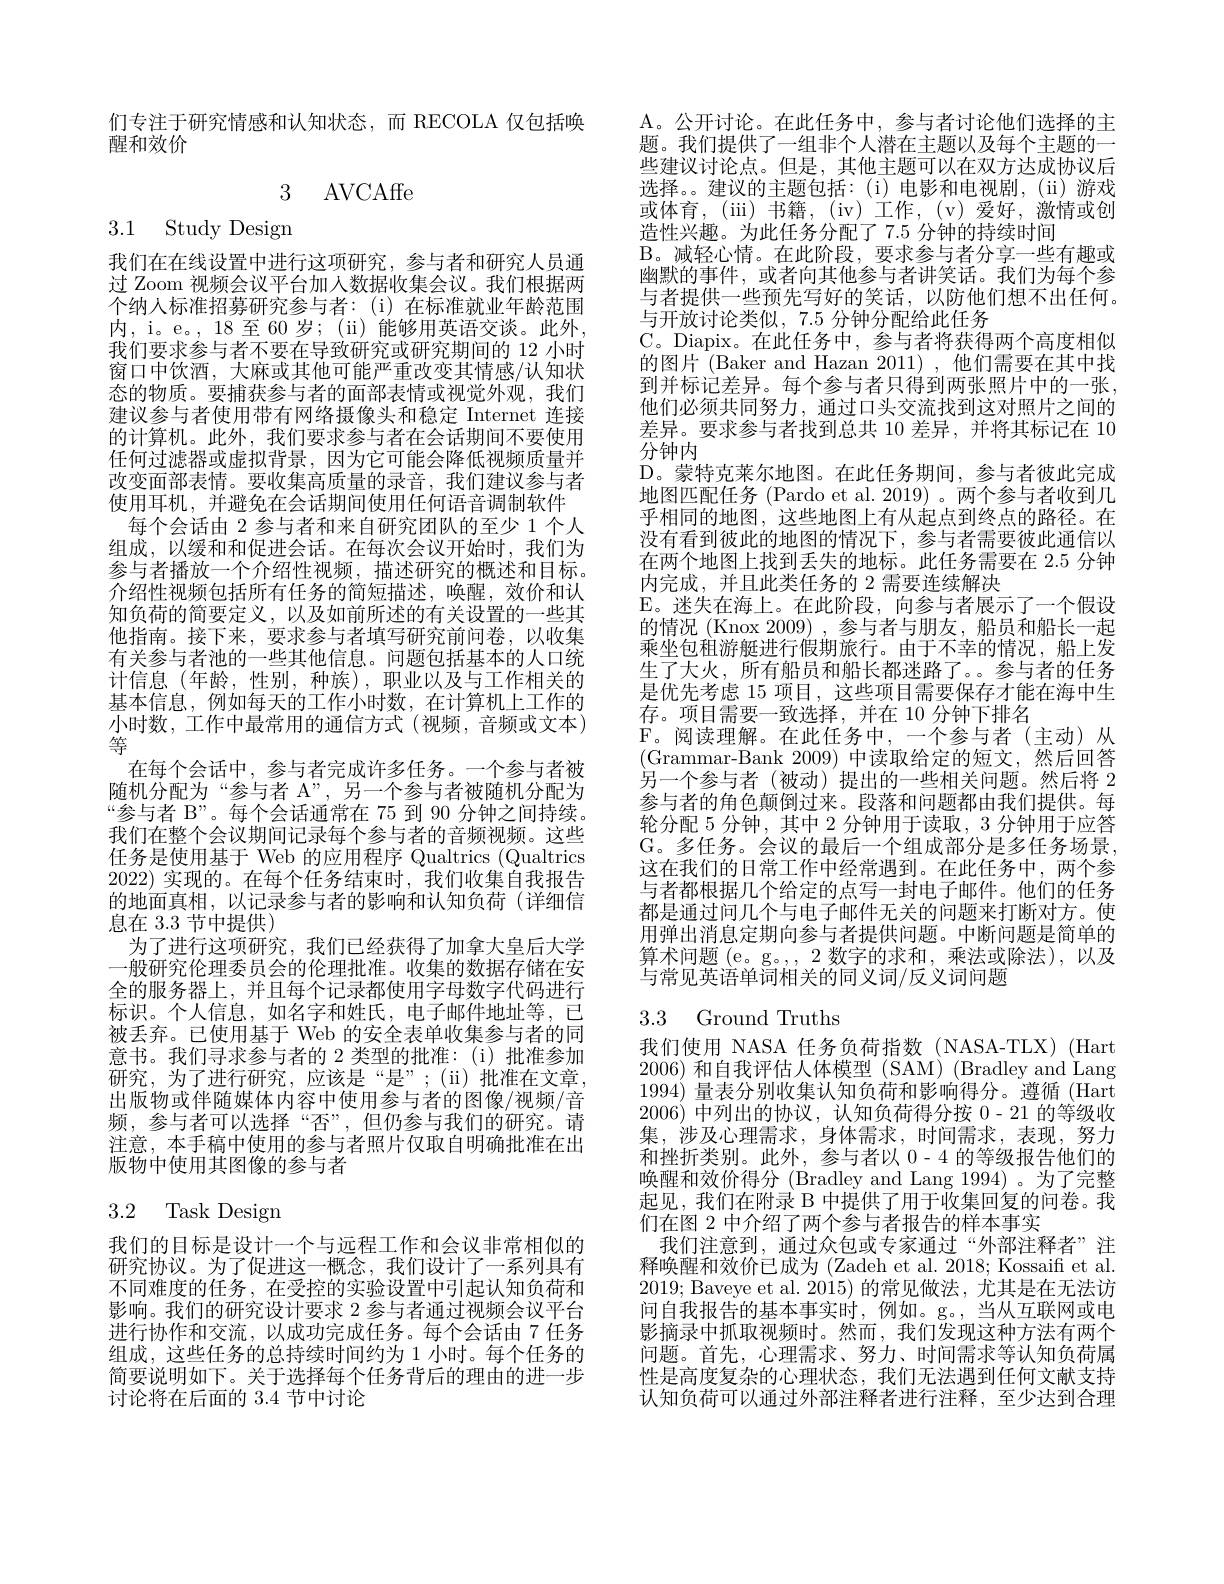
们专注于研究情感和认知状态，而 RECOLA 仅包括唤
醒和效价

3 AVCAffe

3.1 Study Design

我们在在线设置中进行这项研究，参与者和研究人员通过 Zoom 视频会议平台加入数据收集会议。我们根据两个纳人标准招募研究参与者：(i)在标准就业年龄范围内，i。e。, 18 至 60 岁；(ii) 能够用英语交谈。此外， 我们要求参与者不要在导致研究或研究期间的 12 小时窗口中饮酒，大麻或其他可能严重改变其情感/认知状态的物质。要捕获参与者的面部表情或视觉外观，我们建议参与者使用带有网络摄像头和稳定 Internet 连接的计算机。此外，我们要求参与者在会话期间不要使用任何过滤器或虚拟背景，因为它可能会降低视频质量并改变面部表情。要收集高质量的录音，我们建议参与者使用耳机，并避免在会话期间使用任何语音调制软件每个会话由 2 参与者和来自研究团队的至少 1 个人
组成，以缓和和促进会话。在每次会议开始时，我们为参与者播放一个介绍性视频，描述研究的概述和目标。介绍性视频包括所有任务的简短描述，唤醒，效价和认知负荷的简要定义，以及如前所述的有关设置的一些其他指南。接下来，要求参与者填写研究前问卷，以收集有关参与者池的一些其他信息。问题包括基本的人口统计信息(年龄，性别，种族),职业以及与工作相关的基本信息，例如每天的工作小时数，在计算机上工作的小时数，工作中最常用的通信方式(视频，音频或文本) 等
在每个会话中，参与者完成许多任务。一个参与者被随机分配为“参与者 A”,另一个参与者被随机分配为“参与者 B”。每个会话通常在 75 到 90 分钟之间持续。我们在整个会议期间记录每个参与者的音频视频。这些任务是使用基于 Web 的应用程序 Qualtrics (Qualtrics 2022)实现的。在每个任务结束时，我们收集自我报告的地面真相，以记录参与者的影响和认知负荷(详细信息在 3.3 节中提供)
为了进行这项研究，我们已经获得了加拿大皇后大学一般研究伦理委员会的伦理批准。收集的数据存储在安全的服务器上，并且每个记录都使用字母数字代码进行标识。个人信息，如名字和姓氏，电子邮件地址等，已被丢弃。已使用基于 Web 的安全表单收集参与者的同意书。我们寻求参与者的 2 类型的批准：(i)批准参加研究，为了进行研究，应该是“是”;(ii)批准在文章， 出版物或伴随媒体内容中使用参与者的图像/视频/音频，参与者可以选择“否”,但仍参与我们的研究。请注意，本手稿中使用的参与者照片仅取自明确批准在出版物中使用其图像的参与者

# 3.2 Task Design

我们的目标是设计一个与远程工作和会议非常相似的研究协议。为了促进这一概念，我们设计了一系列具有不同难度的任务，在受控的实验设置中引起认知负荷和影响。我们的研究设计要求 2 参与者通过视频会议平台进行协作和交流，以成功完成任务。每个会话由 7 任务组成，这些任务的总持续时间约为 1 小时。每个任务的简要说明如下。关于选择每个任务背后的理由的进一步讨论将在后面的 3.4 节中讨论

A。公开讨论。在此任务中，参与者讨论他们选择的主题。我们提供了一组非个人潜在主题以及每个主题的一些建议讨论点。但是，其他主题可以在双方达成协议后选择。。建议的主题包括：(i)电影和电视剧，(ii)游戏或体育，(iii)书籍，(iv)工作，(v)爱好，激情或创造性兴趣。为此任务分配了 7.5 分钟的持续时间
B。减轻心情。在此阶段，要求参与者分享一些有趣或幽默的事件，或者向其他参与者讲笑话。我们为每个参与者提供一些预先写好的笑话，以防他们想不出任何。与开放讨论类似，7.5 分钟分配给此任务
C。Diapix。在此任务中，参与者将获得两个高度相似的图片 (Baker and Hazan 2011) ,他们需要在其中找到并标记差异。每个参与者只得到两张照片中的一张， 他们必须共同努力，通过口头交流找到这对照片之间的差异。要求参与者找到总共 10 差异，并将其标记在 10分钟内
D。蒙特克莱尔地图。在此任务期间，参与者彼此完成地图匹配任务 (Pardo et al. 2019) 。两个参与者收到几乎相同的地图，这些地图上有从起点到终点的路径。在没有看到彼此的地图的情况下，参与者需要彼此通信以在两个地图上找到丢失的地标。此任务需要在 2.5 分钟内完成，并且此类任务的 2 需要连续解决
$\mathbb{E}$。迷失在海上。在此阶段，向参与者展示了一个假设的情况 (Knox 2009) ,参与者与朋友，船员和船长一起乘坐包租游艇进行假期旅行。由于不幸的情况，船上发生了大火，所有船员和船长都迷路了。。参与者的任务是优先考虑 15 项目，这些项目需要保存才能在海中生存。项目需要一致选择，并在 10 分钟下排名
$\mathcal{F}$。阅读理解。在此任务中，一个参与者(主动)从(Grammar-Bank 2009)中读取给定的短文，然后回答另一个参与者(被动)'提出的一些相关问题。然后将 2参与者的角色颠倒过来。段落和问题都由我们提供。每轮分配 5 分钟，其中 2 分钟用于读取，3 分钟用于应答G。多任务。会议的最后一个组成部分是多任务场景， 这在我们的日常工作中经常遇到。在此任务中，两个参与者都根据几个给定的点写一封电子邮件。他们的任务都是通过间几个与电子邮件无关的问题来打断对方。使用弹出消息定期向参与者提供问题。中断问题是简单的算术问题 (e。g。,2 数字的求和，乘法或除法),以及与常见英语单词相关的同义词/反义词问题
3.3 Ground Truths

我们使用 NASA 任务负荷指数 (NASA-TLX) (Hart 2006)和自我评估人体模型 (SAM) (Bradley and Lang 1994)量表分别收集认知负荷和影响得分。遵循 (Hart) 2006)中列出的协议，认知负荷得分按 0- 21 的等级收集，涉及心理需求，身体需求，时间需求，表现，努力和挫折类别。此外，参与者以 0-4 的等级报告他们的唤醒和效价得分 (Bradley and Lang 1994)。为了完整起见，我们在附录 B 中提供了用于收集回复的问卷。我们在图 2 中介绍了两个参与者报告的样本事实
我们注意到，通过众包或专家通过“外部注释者”注释唤醒和效价已成为 (Zadeh et al. 2018; Kossaiff et al. 2019; Baveye et al. 2015)的常见做法，尤其是在无法访间自我报告的基本事实时，例如。g。,当从互联网或电影摘录中抓取视频时。然而，我们发现这种方法有两个问题。首先，心理需求、努力、时间需求等认知负荷属性是高度复杂的心理状态，我们无法遇到任何文献支持认知负荷可以通过外部注释者进行注释，至少达到合理